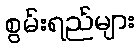
စွမ်းရည်များ